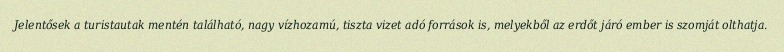
Jelentősek a turistautak mentén található, nagy vízhozamú, tiszta vizet adó források is, melyekből az erdőt járó ember is szomját olthatja.